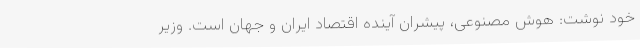
خود نوشت: هوش مصنوعی، پیشران آینده اقتصاد ایران و جهان است. وزیر